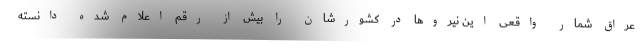
عراق شمار واقعی این نیروها در کشورشان را بیش از رقم اعلام شده دانسته